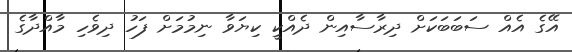
އޭގެ އެއް ސަބަބަކަށް ދިރާސާއިން ދެއްކީ ކިޔަވާ ނިމުމަށް ފަހު ދިވެހި މާއްދާގެ